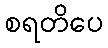
စရတိပေ